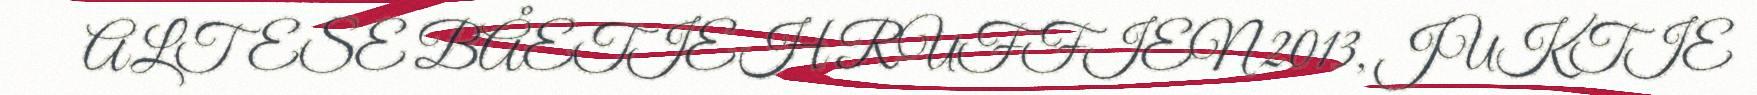
ALTESE BÅETIEH RUFFIEN 2013, JUKTIE